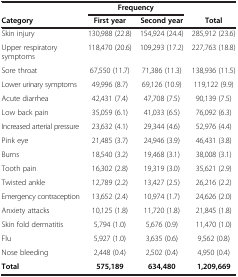
|  | <COLSPAN=2> Frequency |  |
 | Category | First year | Second year | Total |
 | --- | --- | --- | --- |
 | Skin injury | 130,988 (22.8) | 154,924 (24.4) | 285,912 (23.6) |
 | Upper respiratory symptoms | 118,470 (20.6) | 109,293 (17.2) | 227,763 (18.8) |
 | Sore throat | 67,550 (11.7) | 71,386 (11.3) | 138,936 (11.5) |
 | Lower urinary symptoms | 49,996 (8.7) | 69,126 (10.9) | 119,122 (9.9) |
 | Acute diarrhea | 42,431 (7.4) | 47,708 (7.5) | 90,139 (7.5) |
 | Low back pain | 35,059 (6.1) | 41,033 (6.5) | 76,092 (6.3) |
 | Increased arterial pressure | 23,632 (4.1) | 29,344 (4.6) | 52,976 (4.4) |
 | Pink eye | 21,485 (3.7) | 24,946 (3.9) | 46,431 (3.8) |
 | Burns | 18,540 (3.2) | 19,468 (3.1) | 38,008 (3.1) |
 | Tooth pain | 16,302 (2.8) | 19,319 (3.0) | 35,621 (2.9) |
 | Twisted ankle | 12,789 (2.2) | 13,427 (2.5) | 26,216 (2.2) |
 | Emergency contraception | 13,652 (2.4) | 10,974 (1.7) | 24,626 (2.0) |
 | Anxiety attacks | 10,125 (1.8) | 11,720 (1.8) | 21,845 (1.8) |
 | Skin fold dermatitis | 5,794 (1.0) | 5,676 (0.9) | 11,470 (1.0) |
 | Flu | 5,927 (1.0) | 3,635 (0.6) | 9,562 (0.8) |
 | Nose bleeding | 2,448 (0.4) | 2,502 (0.4) | 4,950 (0.4) |
 | Total | 575,189 | 634,480 | 1,209,669 |